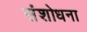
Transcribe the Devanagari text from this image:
संशोधना